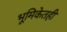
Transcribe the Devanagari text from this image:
भूमिकेतही